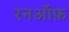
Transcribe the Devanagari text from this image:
रनऑफ़